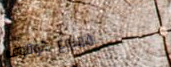
ممنوع الوقوف